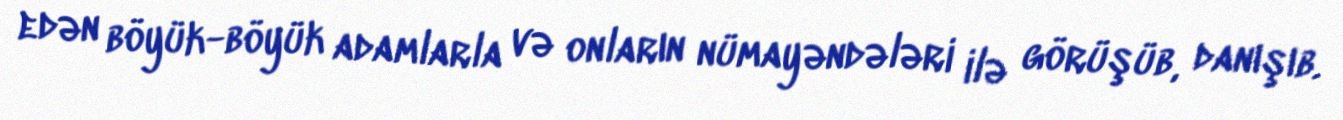
edən böyük-böyük adamlarla və onların nümayəndələri ilə görüşüb, danışıb.